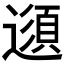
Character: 𲅻